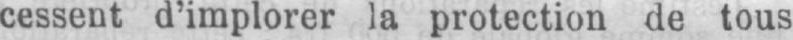
cessent d’implorer la protection de tous